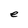
Character: e